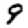
Digit: 9